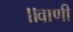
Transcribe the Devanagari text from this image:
॥वाणी